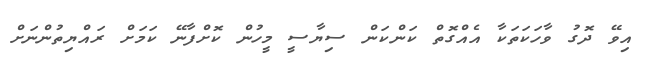
އިވޭ ދޮގު ވާހަކަތަކާ އެއްގޮތް ކަންކަން ސިޔާސީ މީހުން ކޮށްފާނޭ ކަމަށް ރައްޔިތުންނަށް